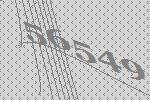
56549